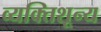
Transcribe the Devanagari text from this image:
व्यक्तिशून्य